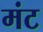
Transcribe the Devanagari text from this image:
मंट